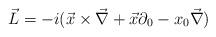
LaTeX: \begin{align*}\vec{L}=-i(\vec{x} \times \vec{\nabla} + \vec{x} \partial_{0} -x_{0} \vec{\nabla})\end{align*}